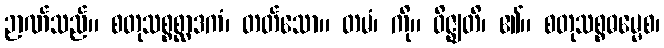
ဉာဏ်သည်။ စတုသစ္စစ္ဆာဒကံ၊ တတ်သော။ တမံ၊ ကို။ ဝိဇ္ဈတိ၊ ၏။ စတုသစ္စဓမ္မေစ၊